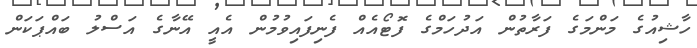
ހާޝިއުގެ މަންމަގެ ފަރާތުން އަދުހަމްގެ ފޮޓޯއެއް ފެނިފައިވުމުން އެއީ އޭނާގެ އަސްލު ބައްޕަކަން